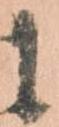
に